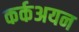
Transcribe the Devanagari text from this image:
कर्कअयन